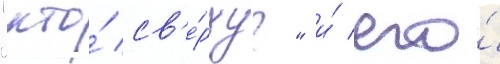
"кто́ св'е́рху?" и́ его́